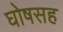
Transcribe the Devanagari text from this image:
घोषसह